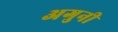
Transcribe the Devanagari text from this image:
अगुनी